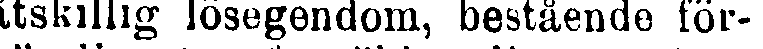
åtskillig lösegendom, bestående för-